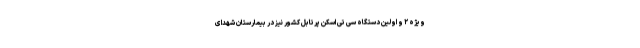
ویژه ۲ و اولین دستگاه سی تی اسکن پرتابل کشور نیز در بیمارستان شهدای